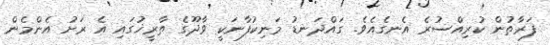
ފަރާތުން ކުރިއްސުރެ އެނގެއެވެ. ގައްދަނޑު މަނިކުފާނަކީ ވާދޫގެ ތާރީޚުގައި އެ ރަށު އެންމެން